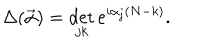
\Delta ( \vec { \alpha } ) = \det _ { j k } \mathrm { e } ^ { i \alpha _ { j } ( N - k ) } .